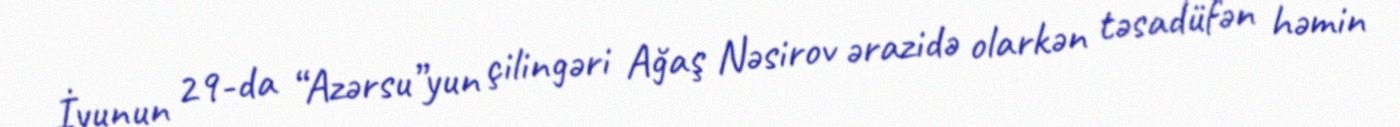
İyunun 29-da “Azərsu”yun çilingəri Ağaş Nəsirov ərazidə olarkən təsadüfən həmin